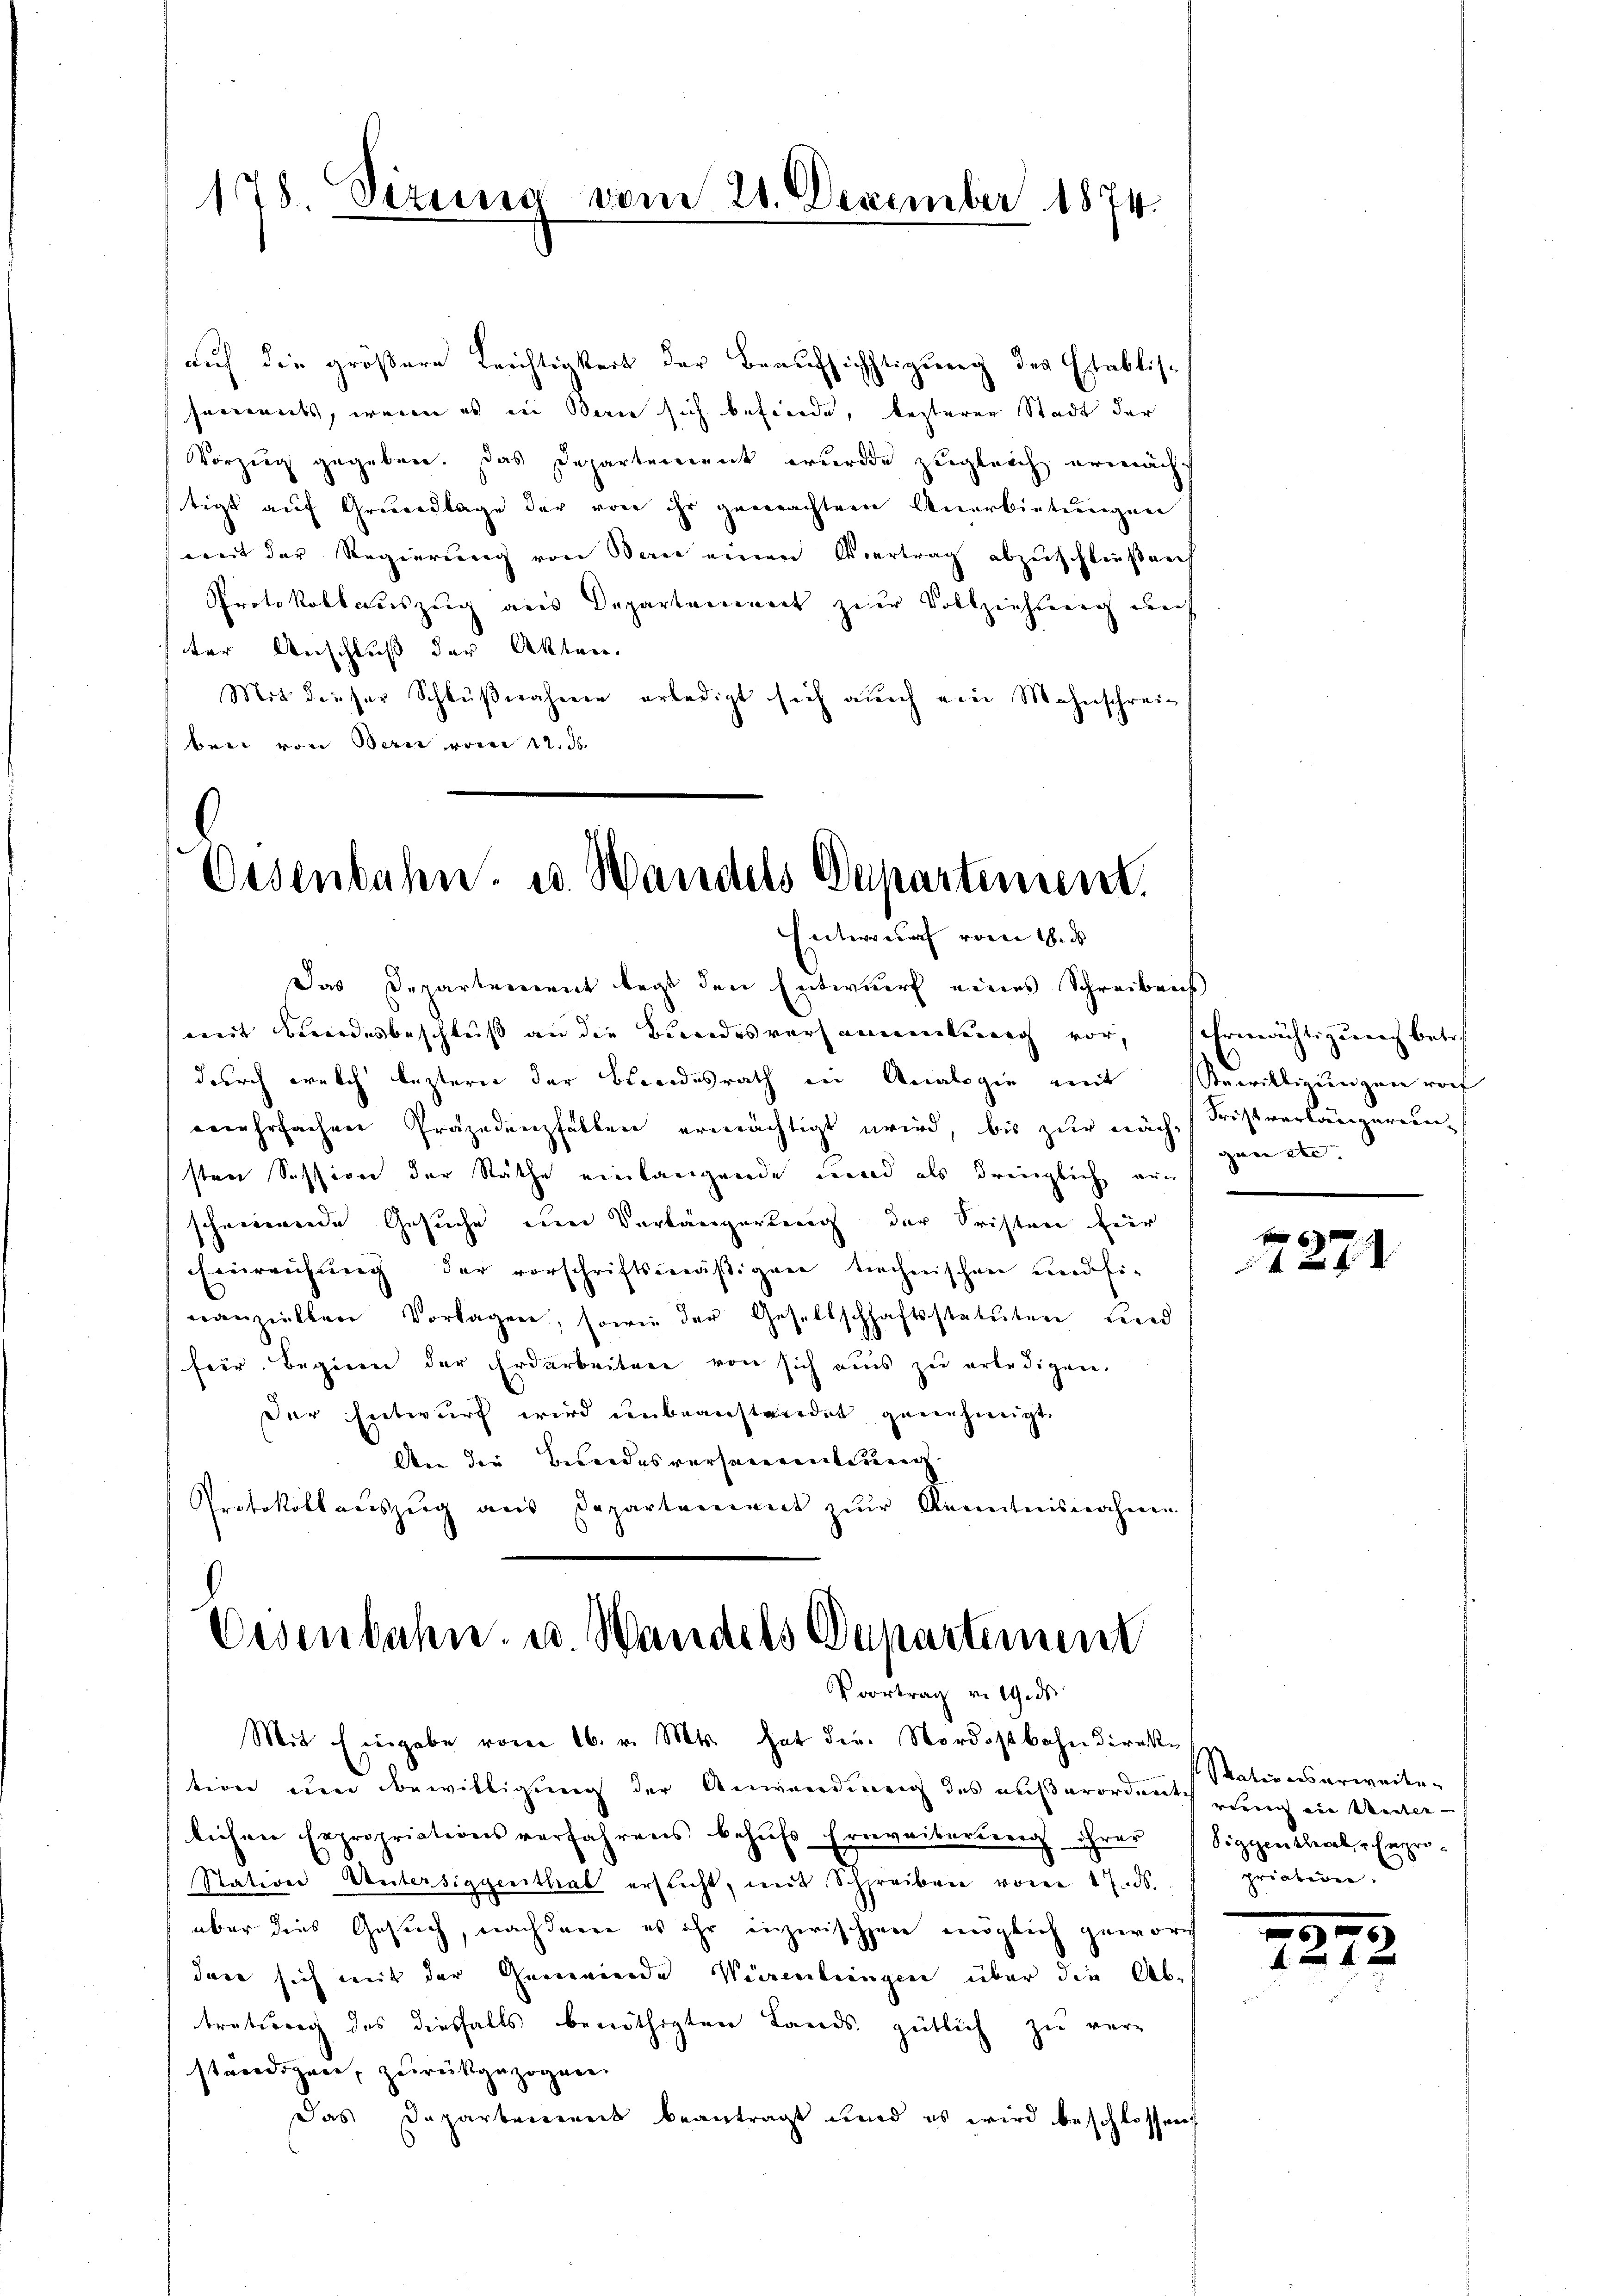
178. Sizung vom 28. Dezember 1874.

auf die größere Leichtigkeit der Beaufsichtigung des Etablissonnerts, wenn es in Berie sich befinde, lezterer Stadt der
Vorzug gegeben. Das Departement wurde zugleich ermächt
tigt auf Grundlage der von ihr gemachtem Anerbietungen
weit der Regierung von Bau einen Vertrag abzuschließen
Protokollauszug aus Departament zur Vollziehung den
ter Anschluß der Akten.
Mit dieser Schlŭβnahme erledigt sich aŭch ein Mahnschrein,
ber von Bern vom 12. ds.

Eisenbahn. u. Handels Departement.
Entwurf vom 1. d
Das Departement legt den Entwurf eines Schreibens

mit Bundesbeschluß an die Bundesversannenkung vor,
durch welch leztern der Blindesrath in Analogie mit Bewilligungen rof
mehrfachen Präjudenzhalben ermächtigt wird, bis zur nach, Fristverlängerunsten Session der Näthe einlangende Kind als dringlich erscheinende Gesuche um Verlängerung der Fristen für
Einreichung der vorschriftsmäßigen technischen und fi-
nanziellen Vorlagen, sowie der Gesellschaftsstatuten und
fer. Beginn der Erdarbeiten von sich aus zu erledigen.
der Entwurf wird unbeanstriedet genehmigt
An der Bundesversamentenung
Protokollaŭszŭg aŭs Departement zŭr Kenntnisnahme

Eisenbahn u. Wandels Departement
Voortrag v. 19. ds.

Mit Eingabe vom 16. v. Mts. hat die Nordostbahn Direktion um Bewilligung der Anwendung des außerordnung ein ein Unter-
lichen Expropriationsverfahrens behufs Erweiterung ihrer Siggenthal, repro-
Station Untersiggenthat ersucht, mit Schreiben vom 17. ds.
über dies Gesuch, nachdenen es ihr inzwischen möglich gewor
dare sich mit der Gemeinde Vicentringen über die Ab-
tratierig des diesfalls benöthigten Lands gütlich zu ver-
ständiger, zurückgezogene
Das Departement beantragt und es wird beschlossen

Ermächtigung betref
gen en

f 6 x
f 2 xx

Stationserweiten
priation.